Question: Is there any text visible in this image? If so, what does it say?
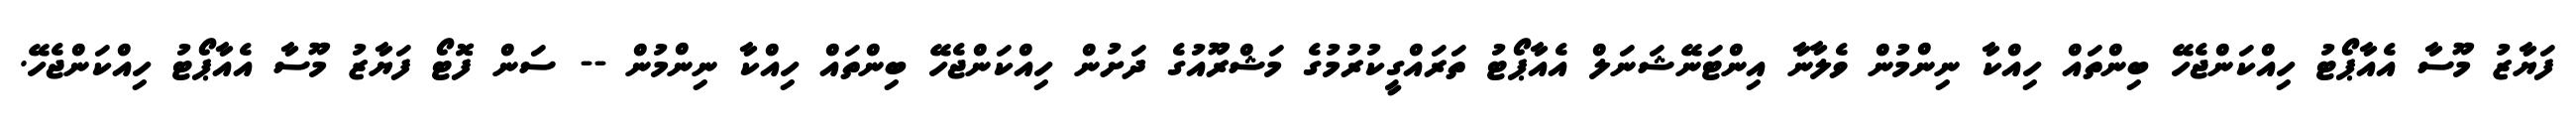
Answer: ފަޔާޒު މޫސާ އެއާޕޯޓު ހިއްކަންޖެހޭ ބިންތައް ހިއްކާ ނިންމުން ވެލާނާ އިންޓަނޭޝަނަލް އެއާޕޯޓު ތަރައްގީކުރުމުގެ މަޝްރޫއުގެ ދަށުން ހިއްކަންޖެހޭ ބިންތައް ހިއްކާ ނިންމުން -- ސަން ފޮޓޯ ފަޔާޒު މޫސާ އެއާޕޯޓު ހިއްކަންޖެހޭ.